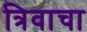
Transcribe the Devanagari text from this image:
त्रिवाचा